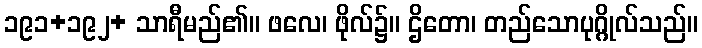
၁၉၁+၁၉၂+ သာရီမည်၏။ ဖလေ၊ ဖိုလ်၌။ ဌိတော၊ တည်သောပုဂ္ဂိုလ်သည်။